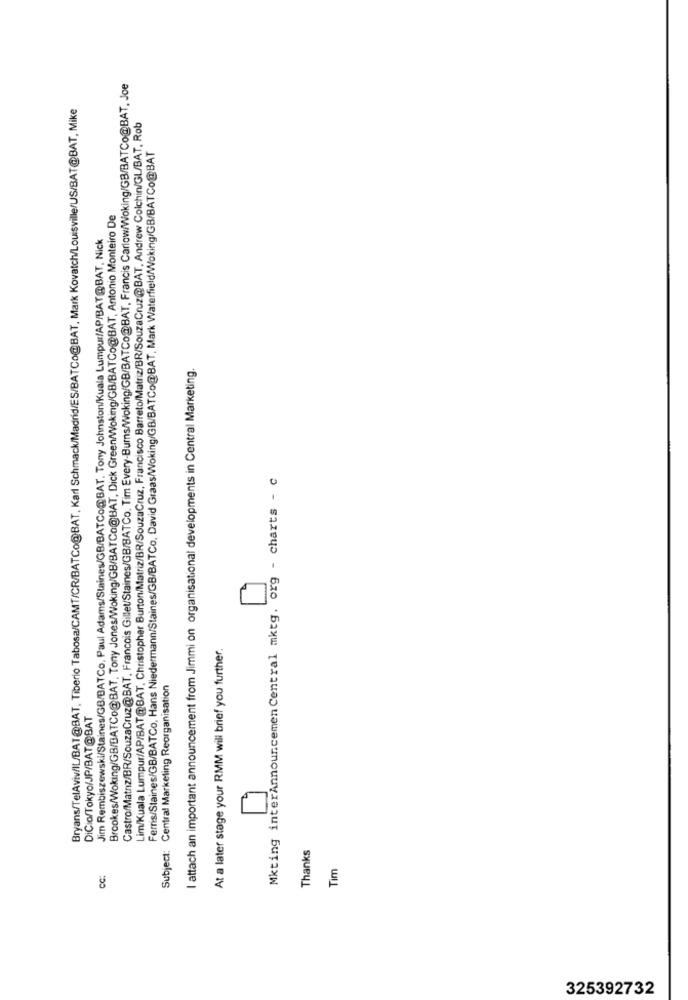
Castro/Matriz/BR/SouzaCruz@BAT, Francois Gillet/Staines/GB/SATCo. Tim Every-Burns/Woking/GB/BATCo@BAT, Francis Carlow/Woking/GB/BATCo@BAT, Joe
Bryans/TelAviv/IL/BAT@BAT, Tiberio Tabosa/CAMT/CR/BATCo@BAT, Karl Schmack/Madrid/ES/BATCo@BAT, Mark Kovatch/Louisville/US/BAT@BAT, Mike
Lim/Kuala Lumpur/AP/BAT@BAT, Christopher Burton/Matriz/BR/SouzaCruz, Francisco Barreto/Matriz/BR/SouzaCruz@BAT, Andrew Colchin/GL/BAT, Rob
Ferris/Staines/GB/BATCo, Hans Niedermann/Staines/GB/BATCo, David Graas/Woking/GB/BATCo@BAT, Mark Waterfield/Woking/GB/BATCo@BAT
Brookes/Woking/GB/BATCo@BAT, Tony Jones/Woking/GB/BATCo@BAT, Dick Green/Woking/GB/BATCo@BAT, Antonio Monteiro De
Jim Rembiszewski/Staines/GB/BATCo, Paul Adams/Staines/GB/BATCo@BAT. Tony Johnston/Kuala Lumpur/AP/BAT@BAT, Nick
I attach an important announcement from Jimmi on organisational developments in Central Marketing.
Mkting interAnnouncemen Central mktg. org - charts - c
At a later stage your RMM will brief you further.
Subject: Central Marketing Reorganisation
DiCio/Tokyo/JP/BAT@BAT
Thanks
Tim
CC:
325392732